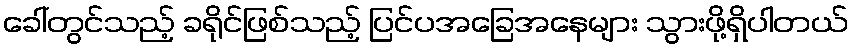
ခေါ်တွင်သည့် ခရိုင်ဖြစ်သည့် ပြင်ပအခြေအနေများ သွားဖို့ရှိပါတယ်